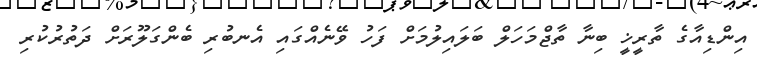
އިންޑިއާގެ ތާރީޚީ ބިނާ ތާޖްމަހަލް ބަލައިލުމަށް ފަހު ވޭނެއްގައި އެނބުރި ބެންގަލޫރަށް ދަތުރުކުރި